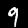
Digit: 9